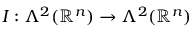
I : \Lambda ^ { 2 } ( \mathbb { R } ^ { n } ) \to \Lambda ^ { 2 } ( \mathbb { R } ^ { n } )